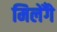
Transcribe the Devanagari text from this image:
मिलेँगे